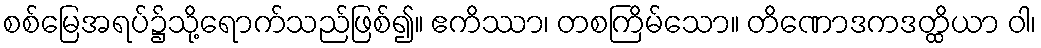
စစ်မြေအရပ်၌သို့ရောက်သည်ဖြစ်၍။ ဧကိဿာ၊ တစကြိမ်သော။ တိဏောဒကဒတ္ထိယာ ဝါ၊